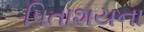
પિતાશયના